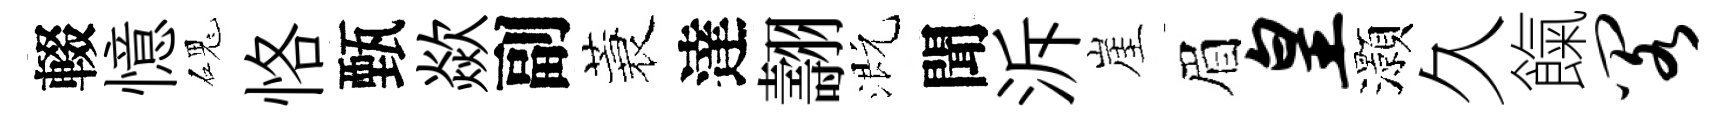
輟憶磈恪甄歘副蓑達翿溉聞泝崖眉皇灝久餼阁